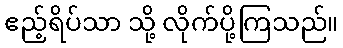
ဧည့်ရိပ်သာ သို့ လိုက်ပို့ကြသည်။